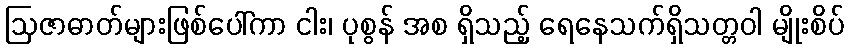
ဩဇာဓာတ်များဖြစ်ပေါ်ကာ ငါး၊ ပုစွန် အစ ရှိသည့် ရေနေသက်ရှိသတ္တဝါ မျိုးစိပ်